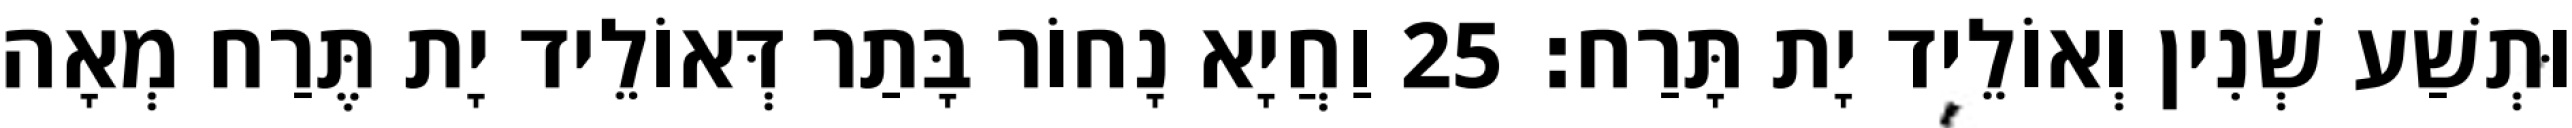
וּתְשַׁע שְׁנִין וְאוֹלֵיד יָת תָּרַח׃ 25 וַחֲיָא נָחוֹר בָּתַר דְּאוֹלֵיד יָת תֶּרַח מְאָה